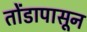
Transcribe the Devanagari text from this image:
तोंडापासून